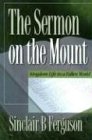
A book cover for Sermon on the Mount; Sinclair B. Ferguson; Christian Books & Bibles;